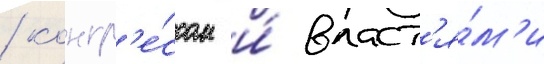
/ конгр'е́ссом и́ власт'я́м'и